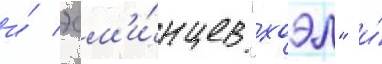
и́ эсм'и́нцев "хоэл" и́